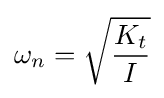
\omega _{n}={\sqrt {\frac {K_{t}}{I}}}